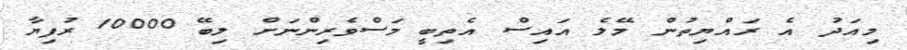
މިއަދު އެ ރައްޔިތުން މޭލެ އައިސް އެތިބީ މަސްވެރިންނަށް ލިބޭ 10000 ރުފިޔާ